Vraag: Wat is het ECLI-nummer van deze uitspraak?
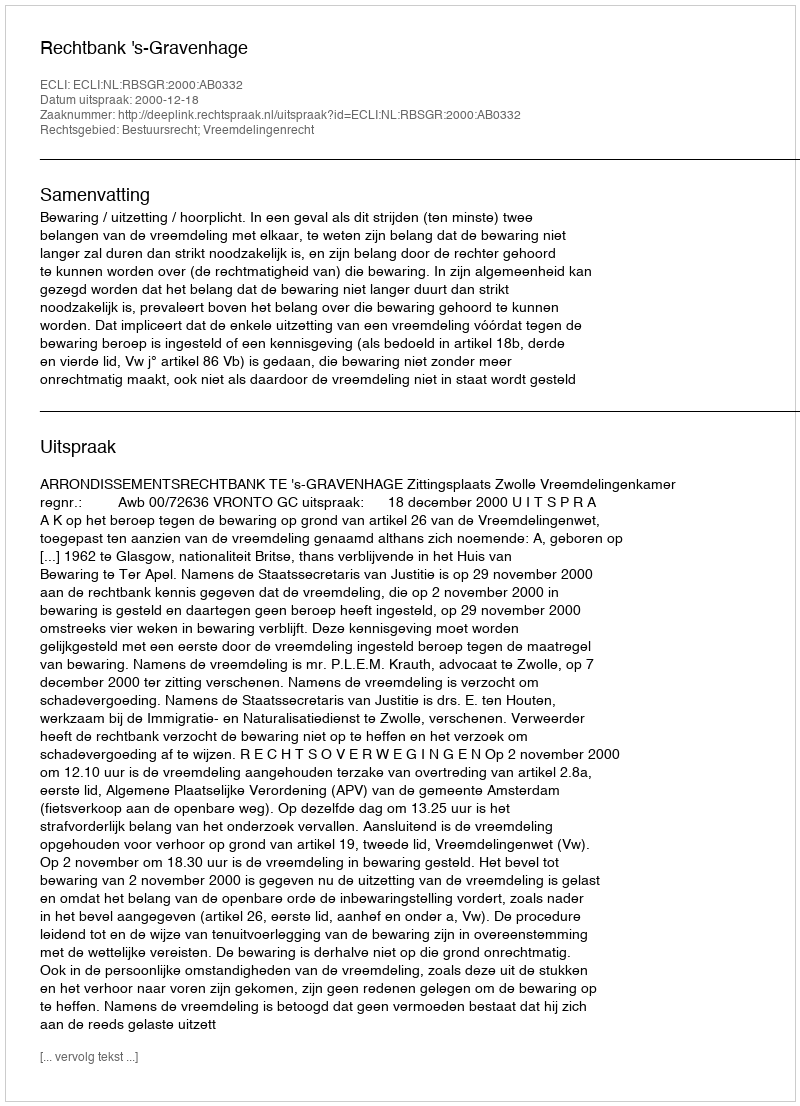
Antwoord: ECLI:NL:RBSGR:2000:AB0332